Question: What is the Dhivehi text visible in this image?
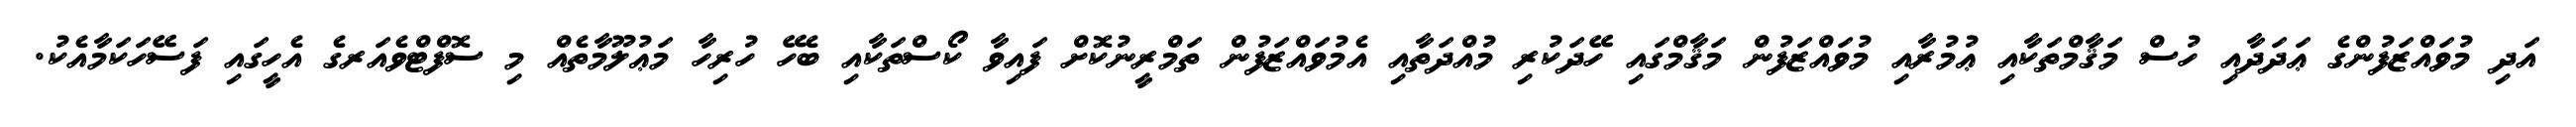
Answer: އަދި މުވައްޒަފުންގެ ޢަދަދާއި ހުސް މަޤާމްތަކާއި ޢުމުރާއި މުވައްޒަފުން މަޤާމްގައި ހޭދަކުރި މުއްދަތާއި އެމުވައްޒަފުން ތަމްރީނުކޮށް ފައިވާ ކޯސްތަކާއި ބެހޭ ހުރިހާ މަޢުލޫމާތެއް މި ސޮފްޓްވެއަރގެ އެހީގައި ފަސޭހަކަމާއެކު.